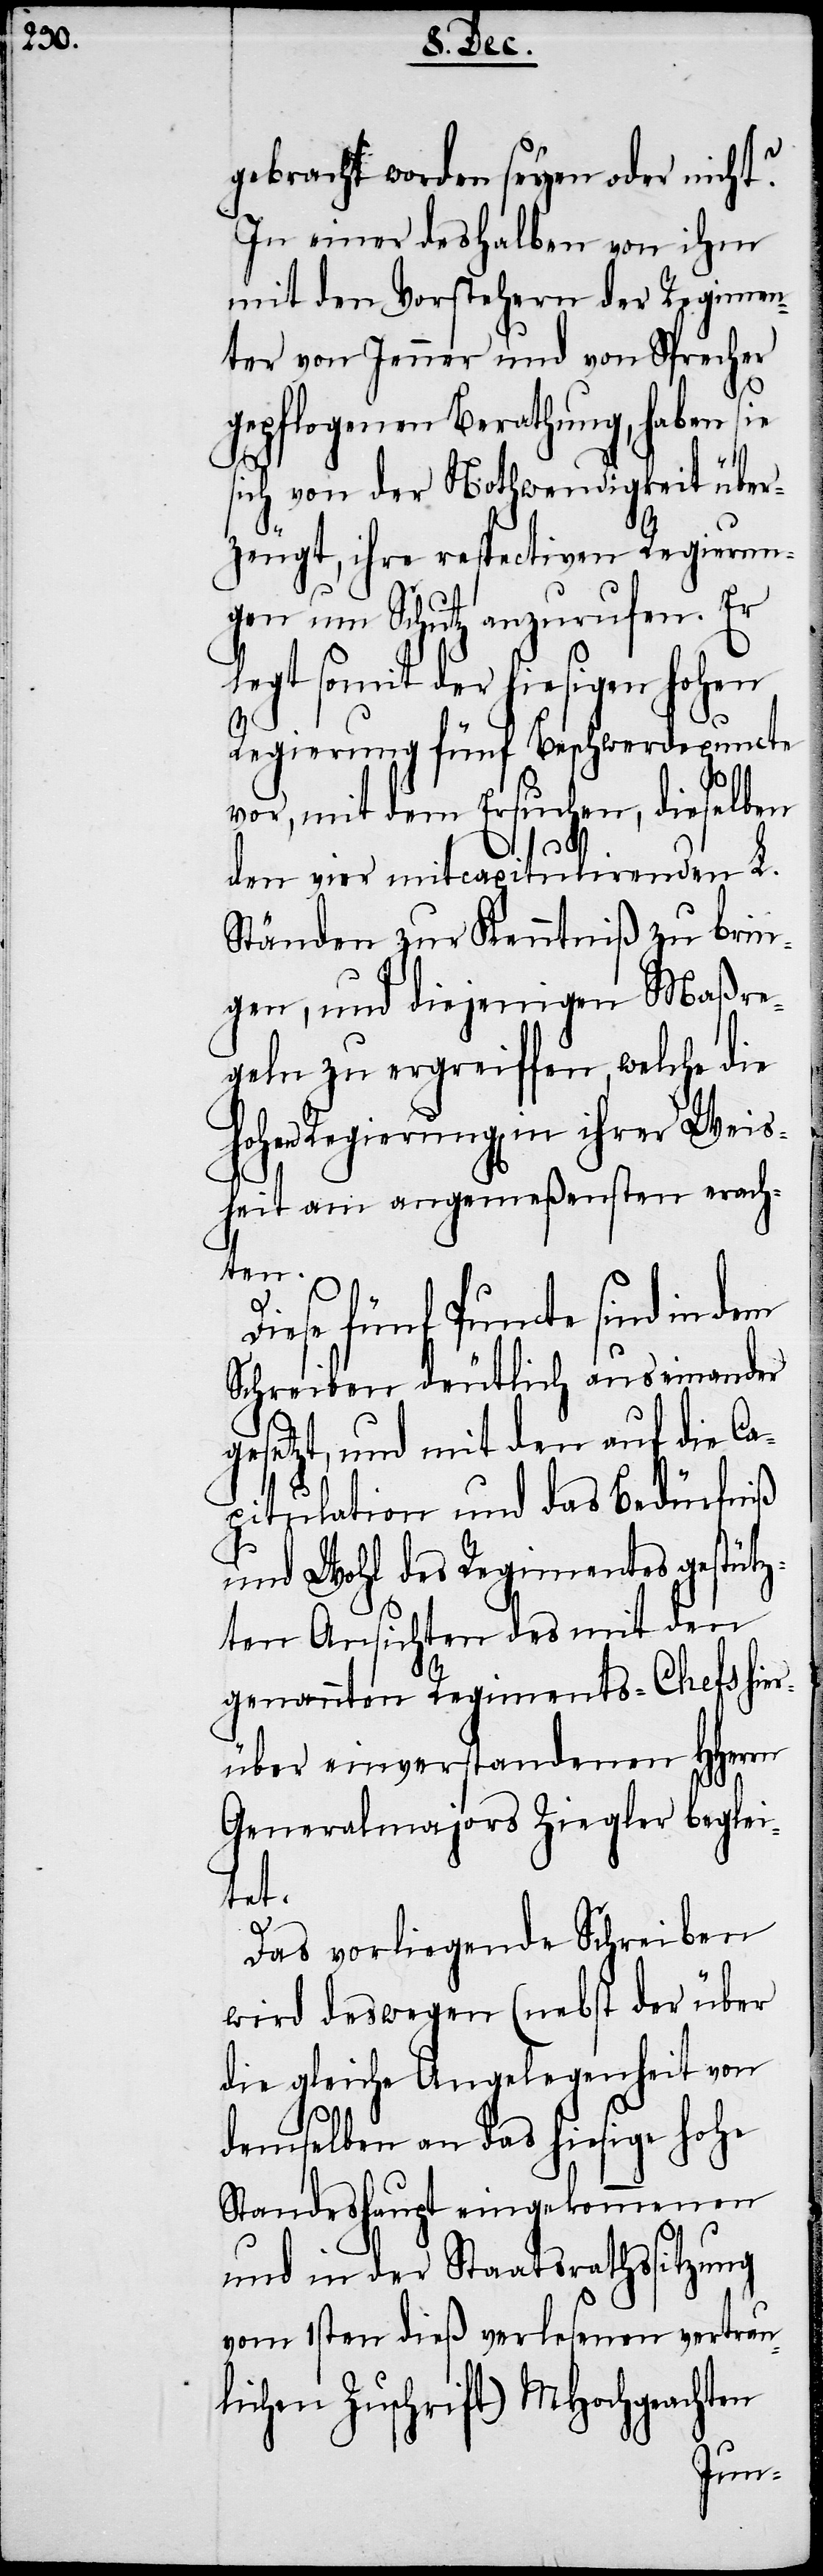
gebracht worden seyen oder nicht?
In einer deshalben von ihm
mit den Vorstehern der Regimen¬
ter von Jenner und von Sprecher
gepflogenen Berathung, haben sie
sich von der Nothwendigkeit über¬
zeugt, ihre respectiven Regierun¬
gen um Schutz anzurufen. Er
legt somit der hiesigen hohen
Regierung fünf Beschwerdepuncte
vor, mit dem Ersuchen, dieselben
den vier mitcapitulirenden L.
Ständen zur Kenntniß zu brin¬
gen, und diejenigen Maßre¬
geln zu ergreiffen, welche die
hohen Regierung[en] in ihrer Weis¬
heit am angemeßensten erach¬
ten.
g¬
Diese fünf Puncte sind in dem
Schreiben deutlich auseinander
esetzt, und mit den auf die C¬
apitulation und das Bedürfniß
und Wohl des Regimentes gestütz¬
ten Ansichten des mit den
genannten Regiments-Chefs hie¬
rüber einverstandenen HHerrn
Generalmajors Ziegler beglei¬
tet.
Das vorliegende Schreiben
wird deswegen (nebst der über
die gleiche Angelegenheit von
demselben an das hiesige hohe
Standeshaupt eingekommenen
und in der Staatsrathssitzung
vom 1sten dieß verlesenen vertrau¬
lichen Zuschrift) MHochgeachten